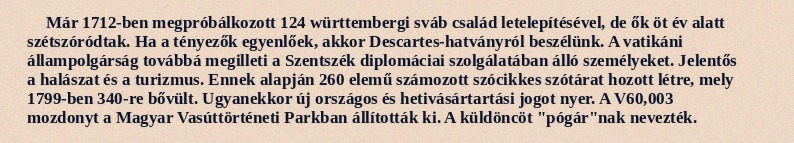
Már 1712-ben megpróbálkozott 124 württembergi sváb család letelepítésével, de ők öt év alatt szétszóródtak. Ha a tényezők egyenlőek, akkor Descartes-hatványról beszélünk. A vatikáni állampolgárság továbbá megilleti a Szentszék diplomáciai szolgálatában álló személyeket. Jelentős a halászat és a turizmus. Ennek alapján 260 elemű számozott szócikkes szótárat hozott létre, mely 1799-ben 340-re bővült. Ugyanekkor új országos és hetivásártartási jogot nyer. A V60,003 mozdonyt a Magyar Vasúttörténeti Parkban állították ki. A küldöncöt "pógár"nak nevezték.